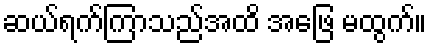
ဆယ်ရက်ကြာသည်အထိ အဖြေ မထွက်။